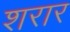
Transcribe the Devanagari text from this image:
शरार